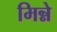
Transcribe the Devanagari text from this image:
मिन्ने